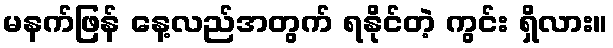
မနက်ဖြန် နေ့လည်အတွက် ရနိုင်တဲ့ ကွင်း ရှိလား။